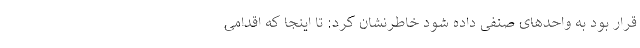
قرار بود به واحدهای صنفی داده شود خاطرنشان کرد: تا اینجا که اقدامی